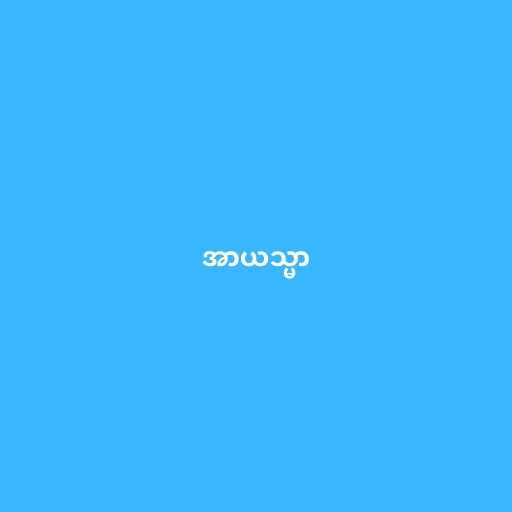
အာယသ္မာ